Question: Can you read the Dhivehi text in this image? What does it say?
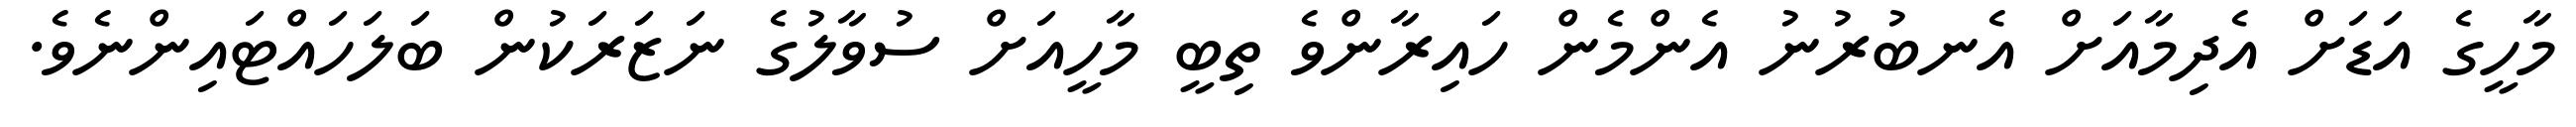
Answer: މާހީގެ އަޑަށް އެދިމާއަށް އެނބުރުނު އެންމެން ހައިރާންވެ ތިބީ މާހީއަށް ސުވާލުގެ ނަޒަރަކުން ބަލަހައްޓައިންނެވެ.